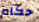
حكام